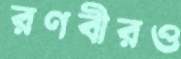
রণবীরও